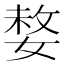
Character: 𡟋